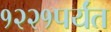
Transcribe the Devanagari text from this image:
१२२१पर्यंत